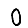
Digit: 0